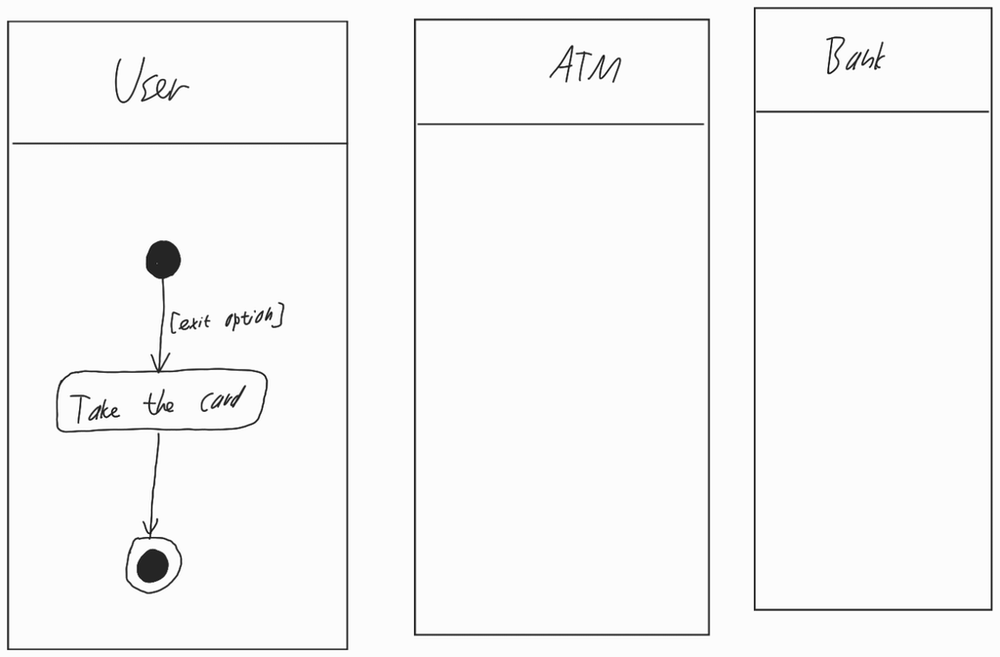
Diagram type: activity_diagram
```plantuml
@startuml

|User|

start

-> [exit option];

:Take the card;

stop

|ATM|

|Bank|

@enduml
```